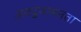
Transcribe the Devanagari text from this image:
अवटुवामनता